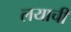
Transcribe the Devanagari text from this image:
लयाची